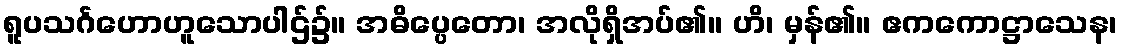
ရူပသင်္ဂဟောဟူသောပါဌ်၌။ အဓိပ္ပေတော၊ အလိုရှိအပ်၏။ ဟိ၊ မှန်၏။ ဧကကောဋ္ဌာသေန၊